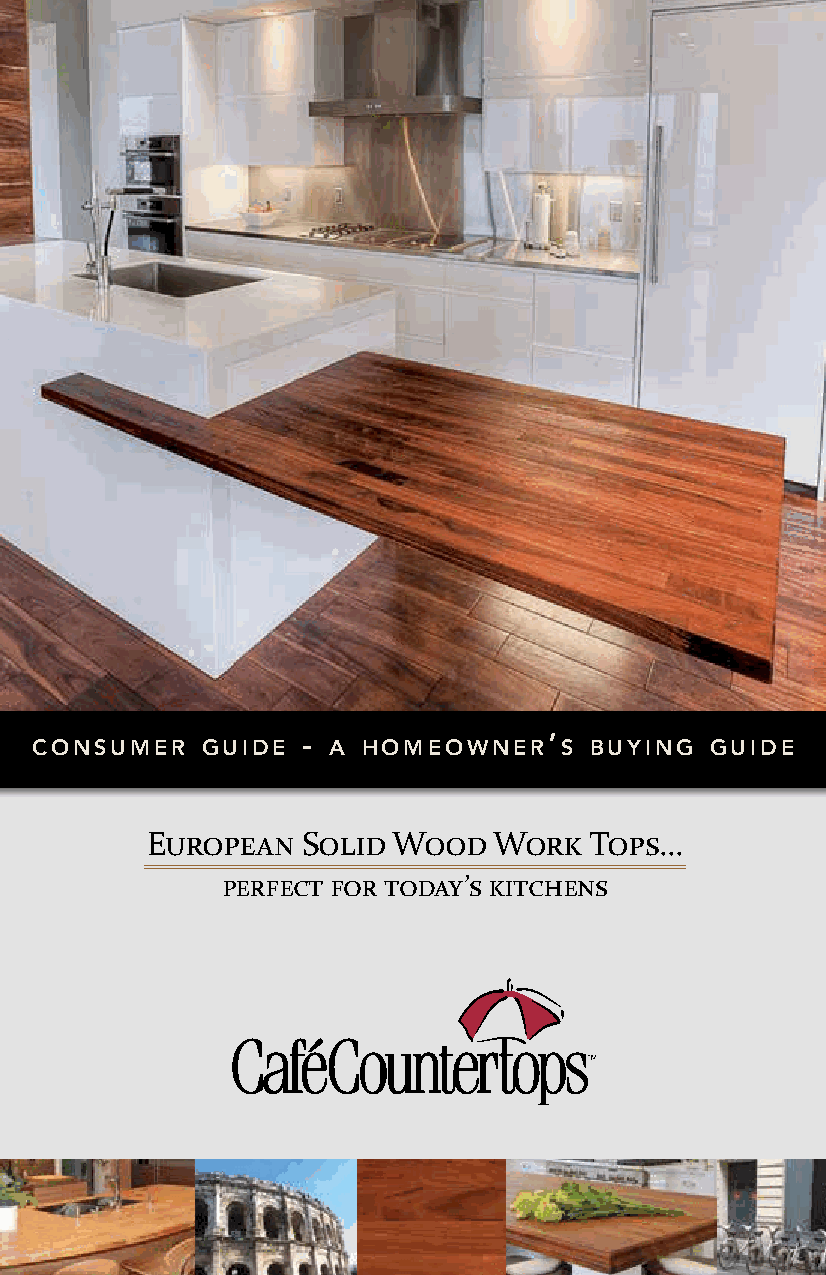
-               ’
 consumer   guide    a homeowner    s buying  guide
 European  Solid Wood   Work  Tops…
 perfect for today’s kitchens